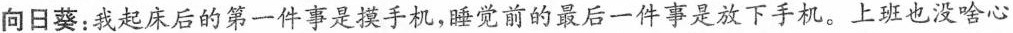
向日葵：我起床后的第一件事是摸手机，睡觉前的最后一件事是放下手机。上班也没啥心